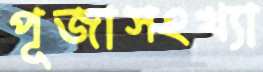
পূজাসংখ্যা